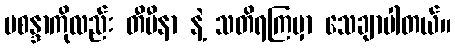
မစန္ဒာကိုလည်း တီဗီနာ နဲ့ သတိရကြမှာ သေချာပါတယ်။